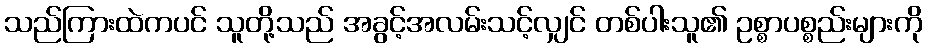
သည်ကြားထဲကပင် သူတို့သည် အခွင့်အလမ်းသင့်လျှင် တစ်ပါးသူ၏ ဥစ္စာပစ္စည်းများကို